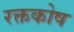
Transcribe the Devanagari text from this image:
रक्तकोष